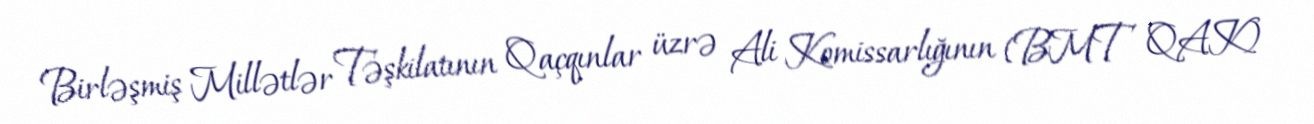
Birləşmiş Millətlər Təşkilatının Qaçqınlar üzrə Ali Komissarlığının (BMT QAK)